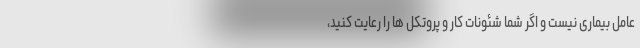
عامل بیماری نیست و اگر شما شئونات کار و پروتکل ها را رعایت کنید،